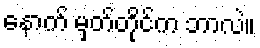
နောက် မှတ်တိုင်က ဘာလဲ။